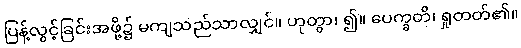
ပြန့်လွင့်ခြင်းအဖို့၌ မကျသည်သာလျှင်။ ဟုတွာ၊ ၍။ ပေက္ခတိ၊ ရှုတတ်၏။